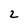
Character: 2